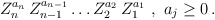
\begin{align*}Z_n^{a_n} \, Z_{n-1}^{a_{n-1}} \ldots Z_2^{a_2} \, Z_1^{a_1} \ , \ a_j \geq 0 \, . \end{align*}